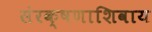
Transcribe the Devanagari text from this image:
संरक्षणाशिवाय